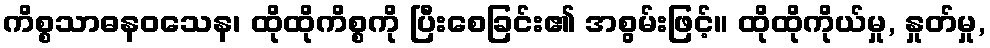
ကိစ္စသာဓနဝသေန၊ ထိုထိုကိစ္စကို ပြီးစေခြင်း၏ အစွမ်းဖြင့်။ ထိုထိုကိုယ်မှု, နှုတ်မှု,